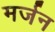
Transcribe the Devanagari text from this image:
मर्जन